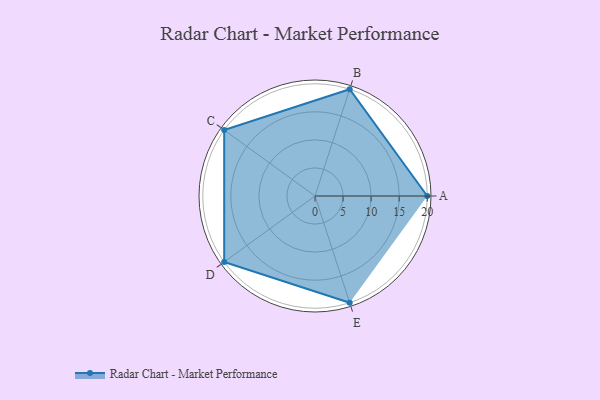
{"axis": {"x": "Skill", "y": "Score"}, "legend": ["Profile"], "data": [{"x": "A", "y": 20, "type": "Profile"}, {"x": "B", "y": 20, "type": "Profile"}, {"x": "C", "y": 20, "type": "Profile"}, {"x": "D", "y": 20, "type": "Profile"}, {"x": "E", "y": 20, "type": "Profile"}]}